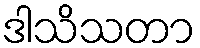
ဒါသိသတာ